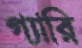
গ্যারি